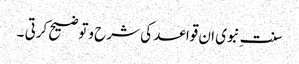
سنت ِنبوی ان قواعد کی شرح وتوضیح کرتی ۔